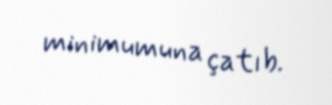
minimumuna çatıb.